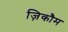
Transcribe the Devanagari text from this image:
ज़िकौम